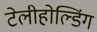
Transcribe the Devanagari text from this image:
टेलीहोल्डिंग